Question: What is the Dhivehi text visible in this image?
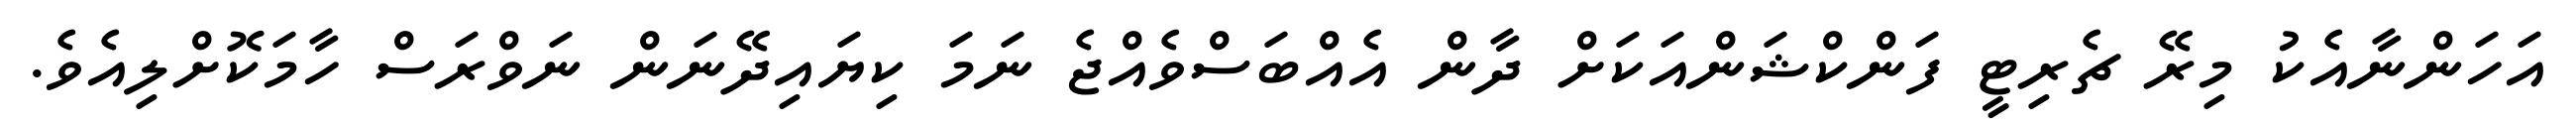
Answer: އަހަންނާއެކު މިރޭ ޗެރިޓީ ފަންކްޝަންއަކަށް ދާން އެއްބަސްވެއްޖެ ނަމަ ކިޔައިދޭނަން ނަވްރަސް ހާމަކޮށްލިއެވެ.